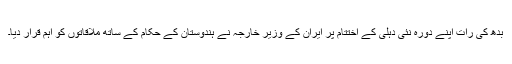
بدھ کی رات اپنے دورہ نئی دہلی کے اختتام پر ایران کے وزیر خارجہ نے ہندوستان کے حکام کے ساتھ ملاقاتوں کو اہم قرار دیا۔